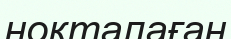
ноқталаған